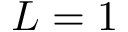
L = 1